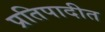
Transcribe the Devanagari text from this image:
प्रतिपादीत